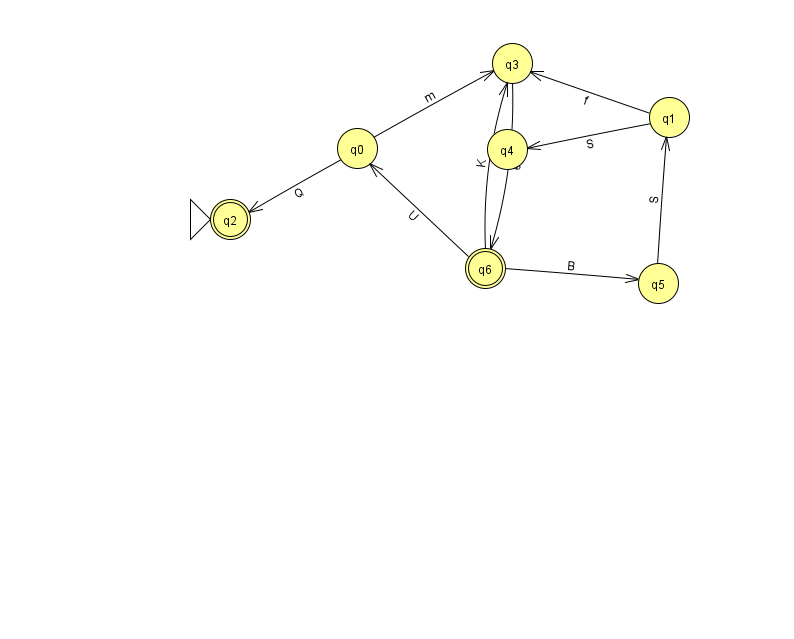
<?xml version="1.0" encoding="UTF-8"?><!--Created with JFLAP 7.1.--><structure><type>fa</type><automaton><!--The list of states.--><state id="0" name="q0"><x>357.0</x><y>135.0</y></state><state id="1" name="q1"><x>669.0</x><y>104.0</y></state><state id="2" name="q2"><x>230.0</x><y>206.0</y><initial/><final/></state><state id="3" name="q3"><x>512.0</x><y>50.0</y></state><state id="4" name="q4"><x>507.0</x><y>136.0</y></state><state id="5" name="q5"><x>658.0</x><y>270.0</y></state><state id="6" name="q6"><x>485.0</x><y>255.0</y><final/></state><!--The list of transitions.--><transition><from>6</from><to>5</to><read>B</read></transition><transition><from>1</from><to>3</to><read>f</read></transition><transition><from>1</from><to>4</to><read>S</read></transition><transition><from>6</from><to>3</to><read>K</read></transition><transition><from>3</from><to>6</to><read>e</read></transition><transition><from>5</from><to>1</to><read>S</read></transition><transition><from>6</from><to>0</to><read>U</read></transition><transition><from>0</from><to>3</to><read>m</read></transition><transition><from>0</from><to>2</to><read>Q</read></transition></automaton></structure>